Scientific memoirs by medical officers of the Army of India - Part XI,
Year: 1898
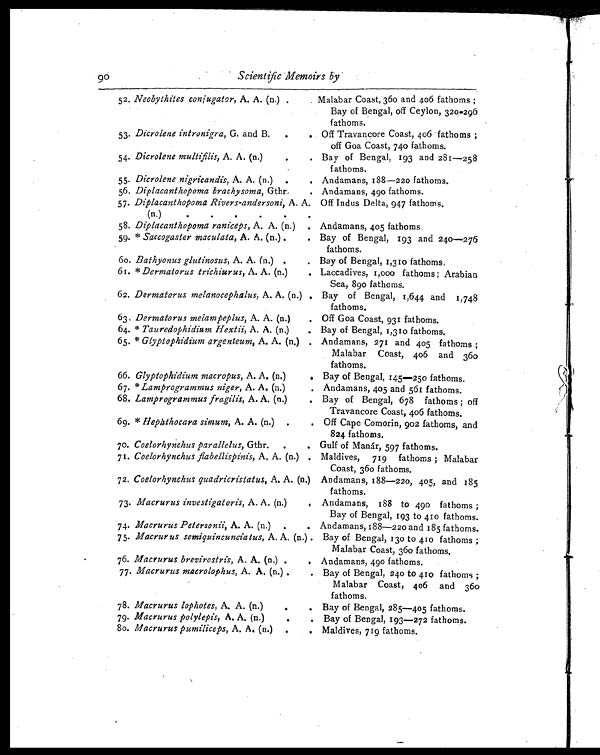
90
Scientific Memoirs by
52. Neobythites conjugator, A. A. (n.)
Malabar Coast, 36o and 406 fathoms ;
Bay of Bengal, off Ceylon, 320-296
fathoms.
53. Dicrolene intronigra, G. and B.
Off Travancore Coast, 406 fathoms ;
off Goa Coast, 740 fathoms.
54. Dicrolene multifilis, A. A. (n.)
Bay of Bengal, 193 and 281—258
fathoms,
55. Dicrolene nigricandis, A. A. (n.)
Andamans, 188—220 fathoms.
56. Diplacanthopoma brachysoma, Gthr,
Andamans, 490 fathoms.
57. Diplacanthopoma Rivers-andersoni, A. A.
(n.)
Off Indus Delta, 947 fathoms.
58. Diplacanthopoma raniceps , A. A. (n.) Andamans, 405 fathoms.
59. * Saccogaster maculata, A. A. (n.)
Bay of Bengal, 193 and 240—276
fathoms.
6o. Bathyonus glutinosus, A. A. (n.)
Bay of Bengal, 1,310 fathoms,
61. * Dermatorus trichiurus , A. A. (n.)
Laccadives, 1,000 fathoms; Arabian
Sea, 890 fathoms.
62. Dermatorus melanocephalus, A. A. (n.) Bay of Bengal, 1,644 and 1,748
fathoms.
63, Dermatorus melampeplus, A. A. (n.)
Off Goa Coast, 931 fathoms.
64. * Tauredophidium Hextii, A. A. (n.) Bay of Bengal, 1,310 fathoms.
65. * Glyptophidium argenteum, A. A. (n.) Andamans, 271 and 405 fathoms ;
Malabar Coast, 406 and 360
fathoms.
66. Glyptophidium macropus, A. A. (n.)
Bay of Bengal, 145—250 fathoms.
67. * Lamprogrammus niger, A. A. (n.)
Andamans, 405 and 561 fathoms.
68. Lamprogrammus fragilis, A. A. (n.)
Bay of Bengal, 678 fathoms ; off
Travancore Coast, 406 fathoms.
69. * Hephthocara simum , A. A. (n.)
Off Cape Comorin, 902 fathoms, and
824 fathoms.
70. Coelorhynchus parallelus, Gthr
Gulf of Manár, 597 fathoms.
71. Coelorhynchus flabellispinis, A, A. (n.) Maldives, 719 fathoms ; Malabar
Coast, 360 fathoms.
72. Coelorhynchus quadricristatus, A. A. (n.) Andamans, 188—220, 405, and 185
fathoms.
73. Macrurus investigatoris, A. A. (n.)
Andamans, 188 to 490 fathoms ;
Bay of Bengal, 193 to 410 fathoms.
74. Macrurus Petersonii, A. A. (n.)
Andamans, 188—220 and 185 fathoms.
75. Macrurus semiquincunciatus , A. A. (n.) . Bay of Bengal, 130 to 410 fathoms ;
Malabar Coast, 36o fathoms.
76. Macrurus brevirostris, A. A. (n.)
Andamans, 490 fathoms.
77. Macrurus macrolophus, A. A. (n.)
Bay of Bengal, 240 to 410 fathoms ;
Malabar Coast, 406 and 360
fathoms.
78. Macrurus lophotes, A. A. (n.)
Bay of Bengal, 285—405 fathoms.
79. Macrurus polylepis, A. A. (n.). Bay of Bengal, 193—272 fathoms.
80. Macrurus pumiliceps, A. A. (n.)
Maldives, 719 fathoms.